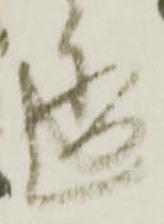
透